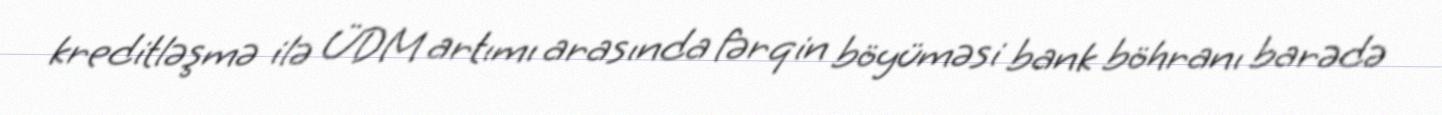
kreditləşmə ilə ÜDM artımı arasında fərqin böyüməsi bank böhranı barədə